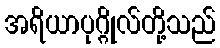
အရိယာပုဂ္ဂိုလ်တို့သည်